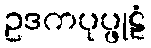
ဥဒကပုပ္ဖုဠံ